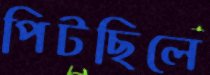
পিটছিলে